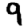
Digit: 9